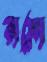
রামো